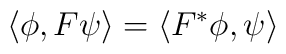
\left\langle \phi ,F\psi \right\rangle =\left\langle F^{*}\phi ,\psi\right\rangle